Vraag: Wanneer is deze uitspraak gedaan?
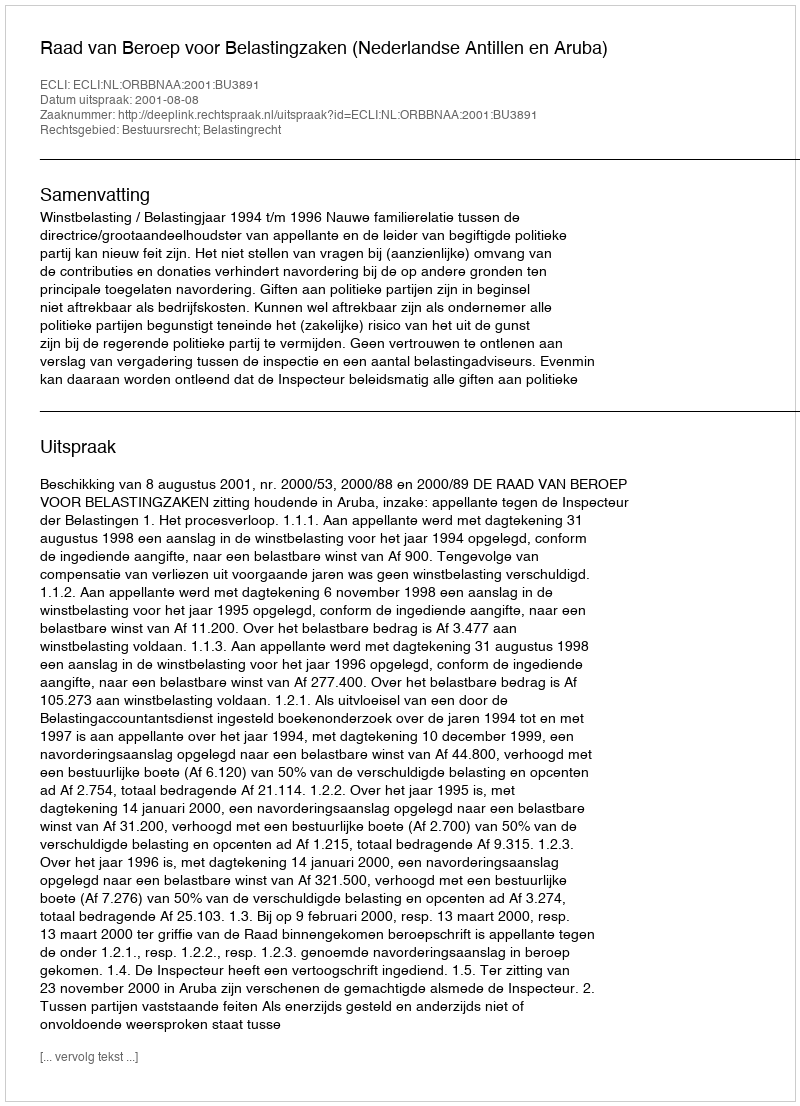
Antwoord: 2001-08-08